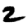
Digit: 2